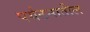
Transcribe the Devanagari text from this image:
पर्यटनातील